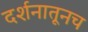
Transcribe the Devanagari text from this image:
दर्शनातूनच